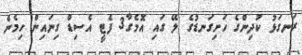
ރަނގަޅު ކުދިންގެ ހަށިގަނޑުގެ ލޭ ގައި އޮމެގާ3 ފެޓީ އެސިޑް ގިނައިން ހިމެނެ